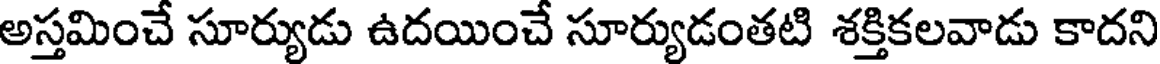
అస్తమించే సూర్యుడు ఉదయించే సూర్యుడంతటి శక్తికలవాడు కాదని